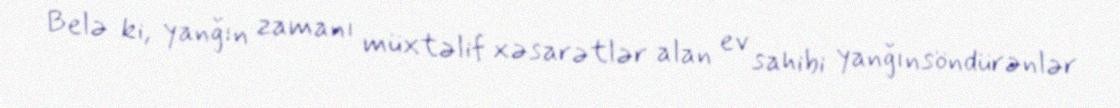
Belə ki, yanğın zamanı müxtəlif xəsarətlər alan ev sahibi yanğınsöndürənlər